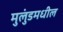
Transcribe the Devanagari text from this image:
मुलुंडमधील